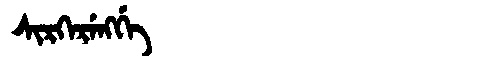
Manchu: ᠰᡳᡵᡴᡝᡵᡝᠩᡤᡝ
Romanization: SIRKERENGGE